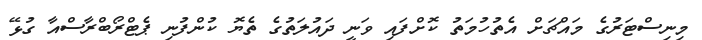
މިނިސްޓަރުގެ މައްޗަށް އެތުހުމަތު ކޮށްފައި ވަނީ ދައުލަތުގެ ތެޔޮ ކުންފުނި ޕެޓްރޯބްރާސްއާ ގުޅޭ